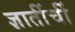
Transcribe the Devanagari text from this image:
ज्ञातींचीं